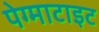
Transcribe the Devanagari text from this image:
पेग्माटाइट